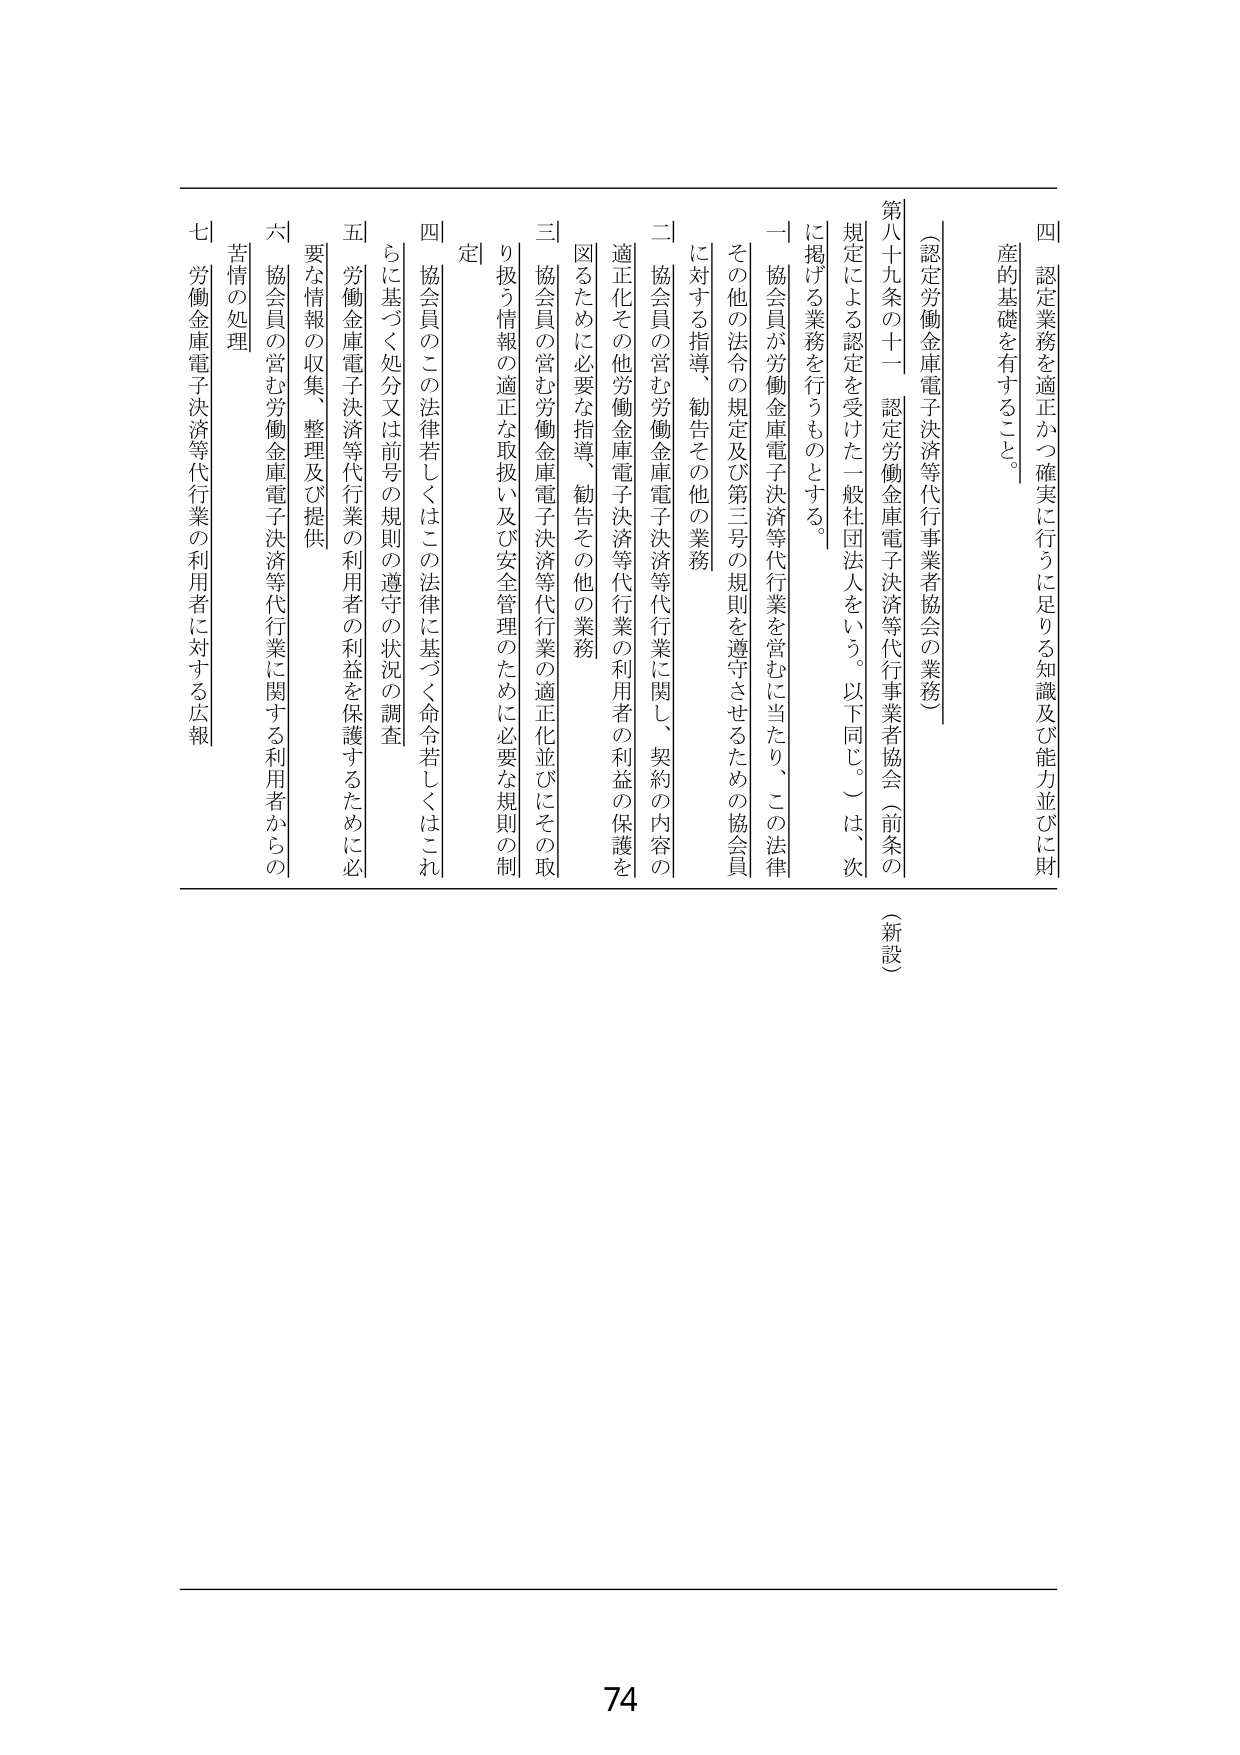
四 認定業務を適正かつ確実に行うに足りる知識及び能力並びに財産的基礎を有すること。

（認定労働金庫電子決済等代行業者協会の業務）

第八十九条の十一 認定労働金庫電子決済等代行事業者協会（前条の規定による認定を受けた一般社団法人をいう。以下同じ。）は、次に掲げる業務を行うものとする。

一 協会員が労働金庫電子決済等代行業を営むに当たり、この法律その他の法令の規定及び第三号の規則を遵守させるための協会員に対する指導、勧告その他の業務

二 協会員の営む労働金庫電子決済等代行業に関し、契約の内容の適正化その他労働金庫電子決済等代行業の利用者の利益の保護を図るために必要な指導、勧告その他の業務

三 協会員の営む労働金庫電子決済等代行業の適正化並びにその取り扱う情報の適正な取扱い及び安全管理のために必要な規則の制定

四 協会員のこの法律若しくはこの法律に基づく命令若しくはこれに基づく処分又は前号の規則の遵守の状況の調査

五 労働金庫電子決済等代行業の利用者の利益を保護するために必要な情報の収集、整理及び提供

六 協会員の営む労働金庫電子決済等代行業に関する利用者からの苦情の処理

七 労働金庫電子決済等代行業の利用者に対する広報

（新設）

74